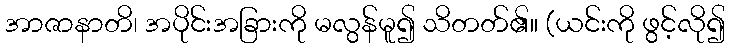
အာဇာနာတိ၊ အပိုင်းအခြားကို မလွန်မူ၍ သိတတ်၏။ (ယင်းကို ဖွင့်လို၍